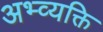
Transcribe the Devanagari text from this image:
अभ्व्यक्ति